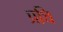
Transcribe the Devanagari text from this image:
प्रथि